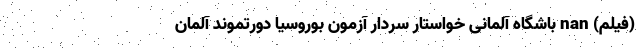
(فیلم) nan باشگاه آلمانی خواستارِ سردار آزمون بوروسیا دورتموند آلمان